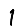
Digit: 1